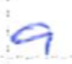
Text: a
Cross-out: clean
Writing tool: ballpoint